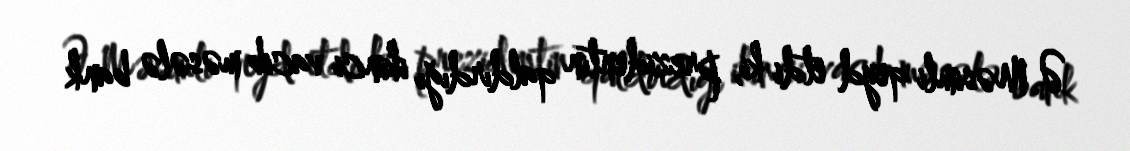
Ə.Məsimli qeyd etdi ki, prezidentin qaldırdığı ikinci vacib məsələ bank